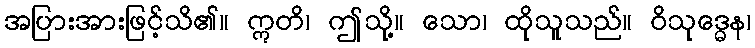
အပြားအားဖြင့်သိ၏။ ဣတိ၊ ဤသို့။ သော၊ ထိုသူသည်။ ဝိသုဒ္ဓေန၊